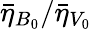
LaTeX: {\bar{\eta}_{B_{0}}}/{\bar{\eta}_{V_{0}}}